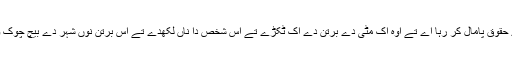
اس سے مسئلے توں نبٹنے دا اے حل کڈیا گیا کہ اہل ایتھنز جدوں اے سمجھدے کہ کوئ شخص اناں دے حقوق پامال کر رہا اے تے اوہ اک مٹی دے برتن دے اک ٹکڑے تے اس شخص دا ناں لکھدے تے اس برتن نوں شہر دے بیچ چوک وچ رکھہ دیندے اس دا مطلب اے ہوندا کہ اوہ شخص دس سال دے لئی ایتھنز دی جمھوریہ توں باہر اے۔